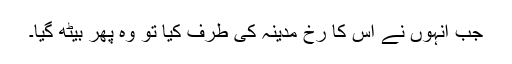
جب انہوں نے اس کا رخ مدینہ کی طرف کیا تو وہ پھر بیٹھ گیا۔